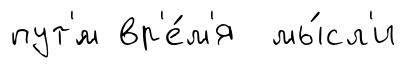
пут'́м вр'е́м'я мы́сл'и